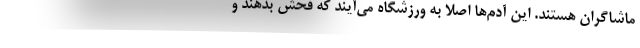
ماشاگران هستند. این آدم‌ها اصلا به ورزشگاه می‌آیند که فحش بدهند و